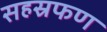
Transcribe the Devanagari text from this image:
सहस्रफण